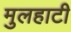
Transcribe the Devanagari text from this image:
मुलहाटी